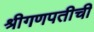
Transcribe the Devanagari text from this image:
श्रीगणपतीची